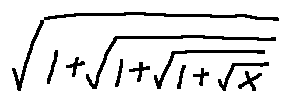
\sqrt { 1 + \sqrt { 1 + \sqrt { 1 + \sqrt { x } } } }